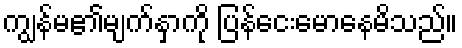
ကျွန်မ၏မျက်နှာကို ပြန်ငေးမောနေမိသည်။